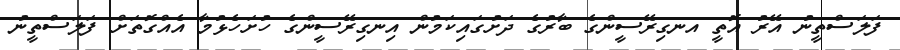
ފަލަސްތީނު އޭރު އޮތީ އނގިރޭސީންގެ ބާރުގެ ދަށުގައިކަމުން އިނގިރޭސީންގެ ހުށަހެޅުމާ އެއްގޮތަށް ފަލަސްތީނު